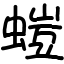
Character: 螘